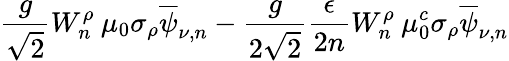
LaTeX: \frac{g}{\sqrt{2}}W_{n}^{\rho}\: \mu_{0}\sigma_{\rho}\overline{{{\psi}}}_{\nu,n}-\frac{g}{2\sqrt{2}}\frac{\epsilon}{2n}W_{n}^{\rho}\: \mu_{0}^{c}\sigma_{\rho}\overline{{{\psi}}}_{\nu,n}